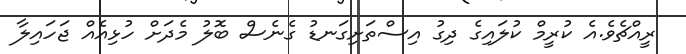
ރީއްޗެވެ.އެ ކުރީމް ކުލައިގެ ދިގު އިސްތަށިގަނޑު ގެނެސް ބޮލު މެދަށް ހުޅިއެއް ޖަހައިލާ